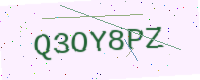
Text: Q3OY8PZ